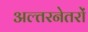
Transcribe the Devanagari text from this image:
अल्तरनेतरों